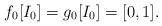
LaTeX: \begin{align*}f_0[I_0] = g_0[I_0] = [0,1].\end{align*}